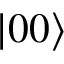
\left| 0 0 \right>